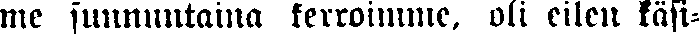
me sunnuntaina kerroimme, oli eilen käsi-